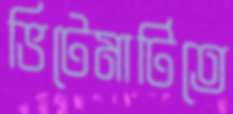
ভিটেমাটিতে